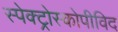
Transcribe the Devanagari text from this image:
स्पेक्ट्रोस्कोपीविद